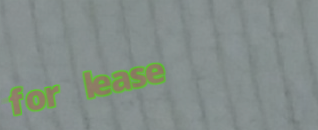
for lease